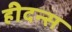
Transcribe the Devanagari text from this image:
हीदन्स